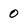
Character: 0